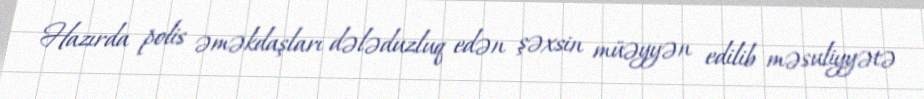
Hazırda polis əməkdaşları dələduzluq edən şəxsin müəyyən edilib məsuliyyətə